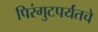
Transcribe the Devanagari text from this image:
पिरंगुटपर्यंतचे